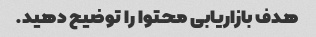
هدف بازاریابی محتوا را توضیح دهید.